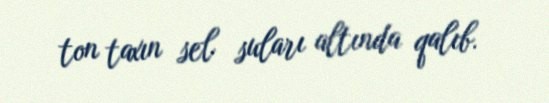
ton taxın sel suları altında qalıb.